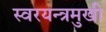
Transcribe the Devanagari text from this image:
स्वरयन्त्रमुखी